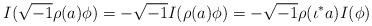
LaTeX: \begin{align*} I(\sqrt{-1}\rho(a)\phi)=-\sqrt{-1}I(\rho(a)\phi)= -\sqrt{-1}\rho(\iota^*a)I(\phi) \end{align*}